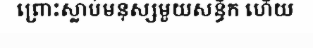
ព្រោះស្លាប់មនុស្សមួយសន្ធឹក ហើយ